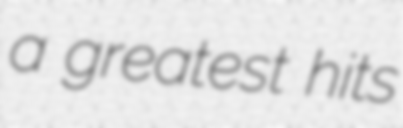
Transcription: a greatest hits